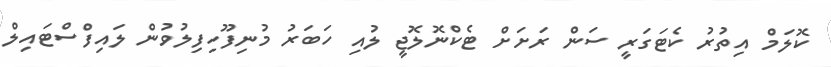
ކޮލަމް އިތުރު ކެޓަގަރީ ސަން ރަށަށް ޓެކްނޮލޮޖީ ލުއި ހަބަރު މުނިފޫހިފިލުވުން ލައިފްސްޓައިލް